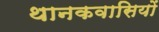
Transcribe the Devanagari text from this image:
थानकवासियों